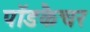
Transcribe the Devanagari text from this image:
पॉडकैचर